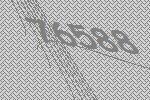
76588